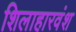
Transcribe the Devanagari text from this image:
शिलाहारवंश